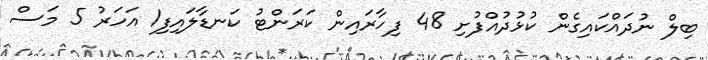
ބިލް ނުދައްކައިގެން ކުޅުދުއްފުށި 48 ފިހާރައިން ކަރަންޓު ކަނޑާލައިފި1 އަހަރު 5 މަސް